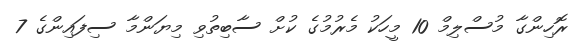
ރޮހިންގާ މުސްލިމް 10 މީހަކު މެރުމުގެ ކުށް ސާބިތުވި މިޔަންމާ ސިފައިންގެ 7